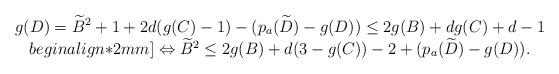
\begin{align*}\begin{array}{c}g(D)=\widetilde{B}^2+1+2d(g(C)-1)-(p_a(\widetilde{D})-g(D))\leq 2g(B)+dg(C)+d-1 \\begin{align*}2mm]\Leftrightarrow \widetilde{B}^2\leq 2g(B)+d(3-g(C))-2+(p_a(\widetilde{D})-g(D)).\end{array}\end{align*}